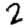
Digit: 2